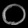
Digit: ၀